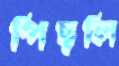
পিছলি